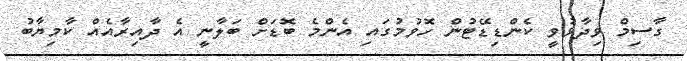
ގާސިމް ވިދާޅުވީ ކެންޑިޑޭޓުން ހޮވުމުގައި އެންމެ ބޮޑަށް ބަލާނީ އެ ދާއިރާއެއް ކާމިޔާބު